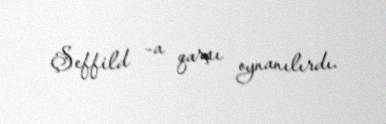
Şeffild –a qarşı oynanılırdı.